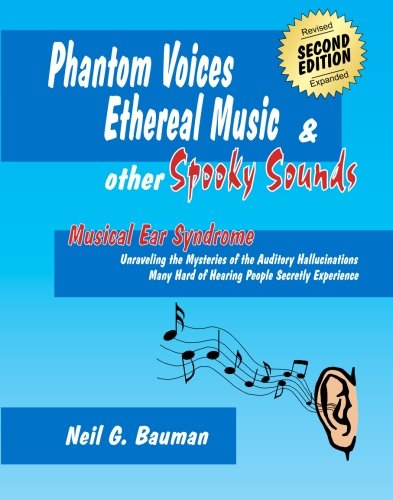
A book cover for Phantom Voices, Ethereal Music & Other Spooky Sounds (2nd Edition): Musical Ear Syndrome; Neil G. Bauman; Health, Fitness & Dieting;